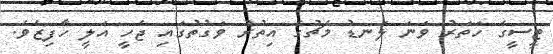
ޓީސީގެ ހަތަރު ވަނަ ލަނޑު މެޗުގެ އިތުރު ވަގުތުގައި ޖެހީ އަލީ ހާފިޒެވެ.